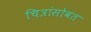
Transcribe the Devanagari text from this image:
चित्रांसोबत